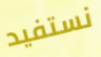
نستفيد